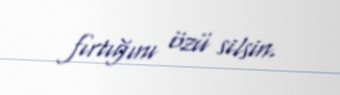
fırtığını özü silsin.